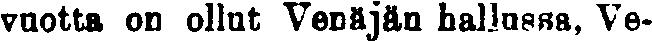
vuotta on ollut Venäjän hallussa, Ve-